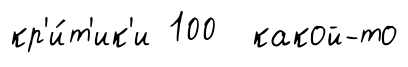
кр'и́т'ик'и 100 какой-то